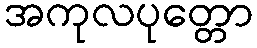
အကုလပုတ္တော